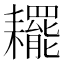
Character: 䎱